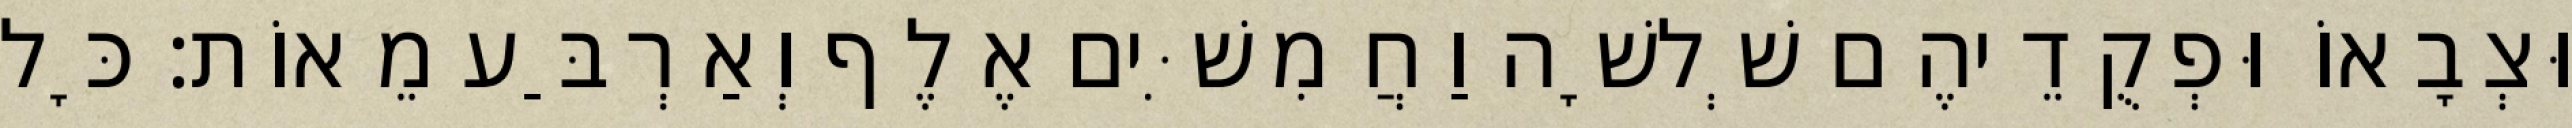
וּצְבָאוֹ וּפְקֻדֵיהֶם שְׁלשָׁה וַחֲמִשִּׁים אֶלֶף וְאַרְבַּע מֵאוֹת׃ כָּל